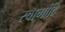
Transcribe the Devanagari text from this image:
स्वार्गादि